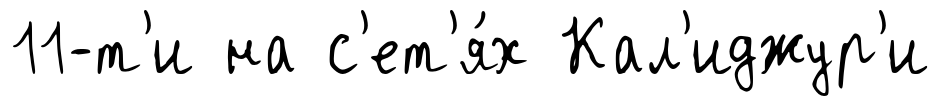
11-т'и на с'ет'я́х Кал'иджур'и